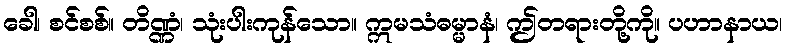
ခေါ၊ စင်စစ်။ တိဏ္ဏံ၊ သုံးပါးကုန်သော။ ဣမသံဓမ္မာနံ၊ ဤတရားတို့ကို။ ပဟာနာယ၊